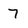
Character: 7